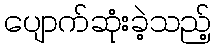
ပျောက်ဆုံးခဲ့သည့်